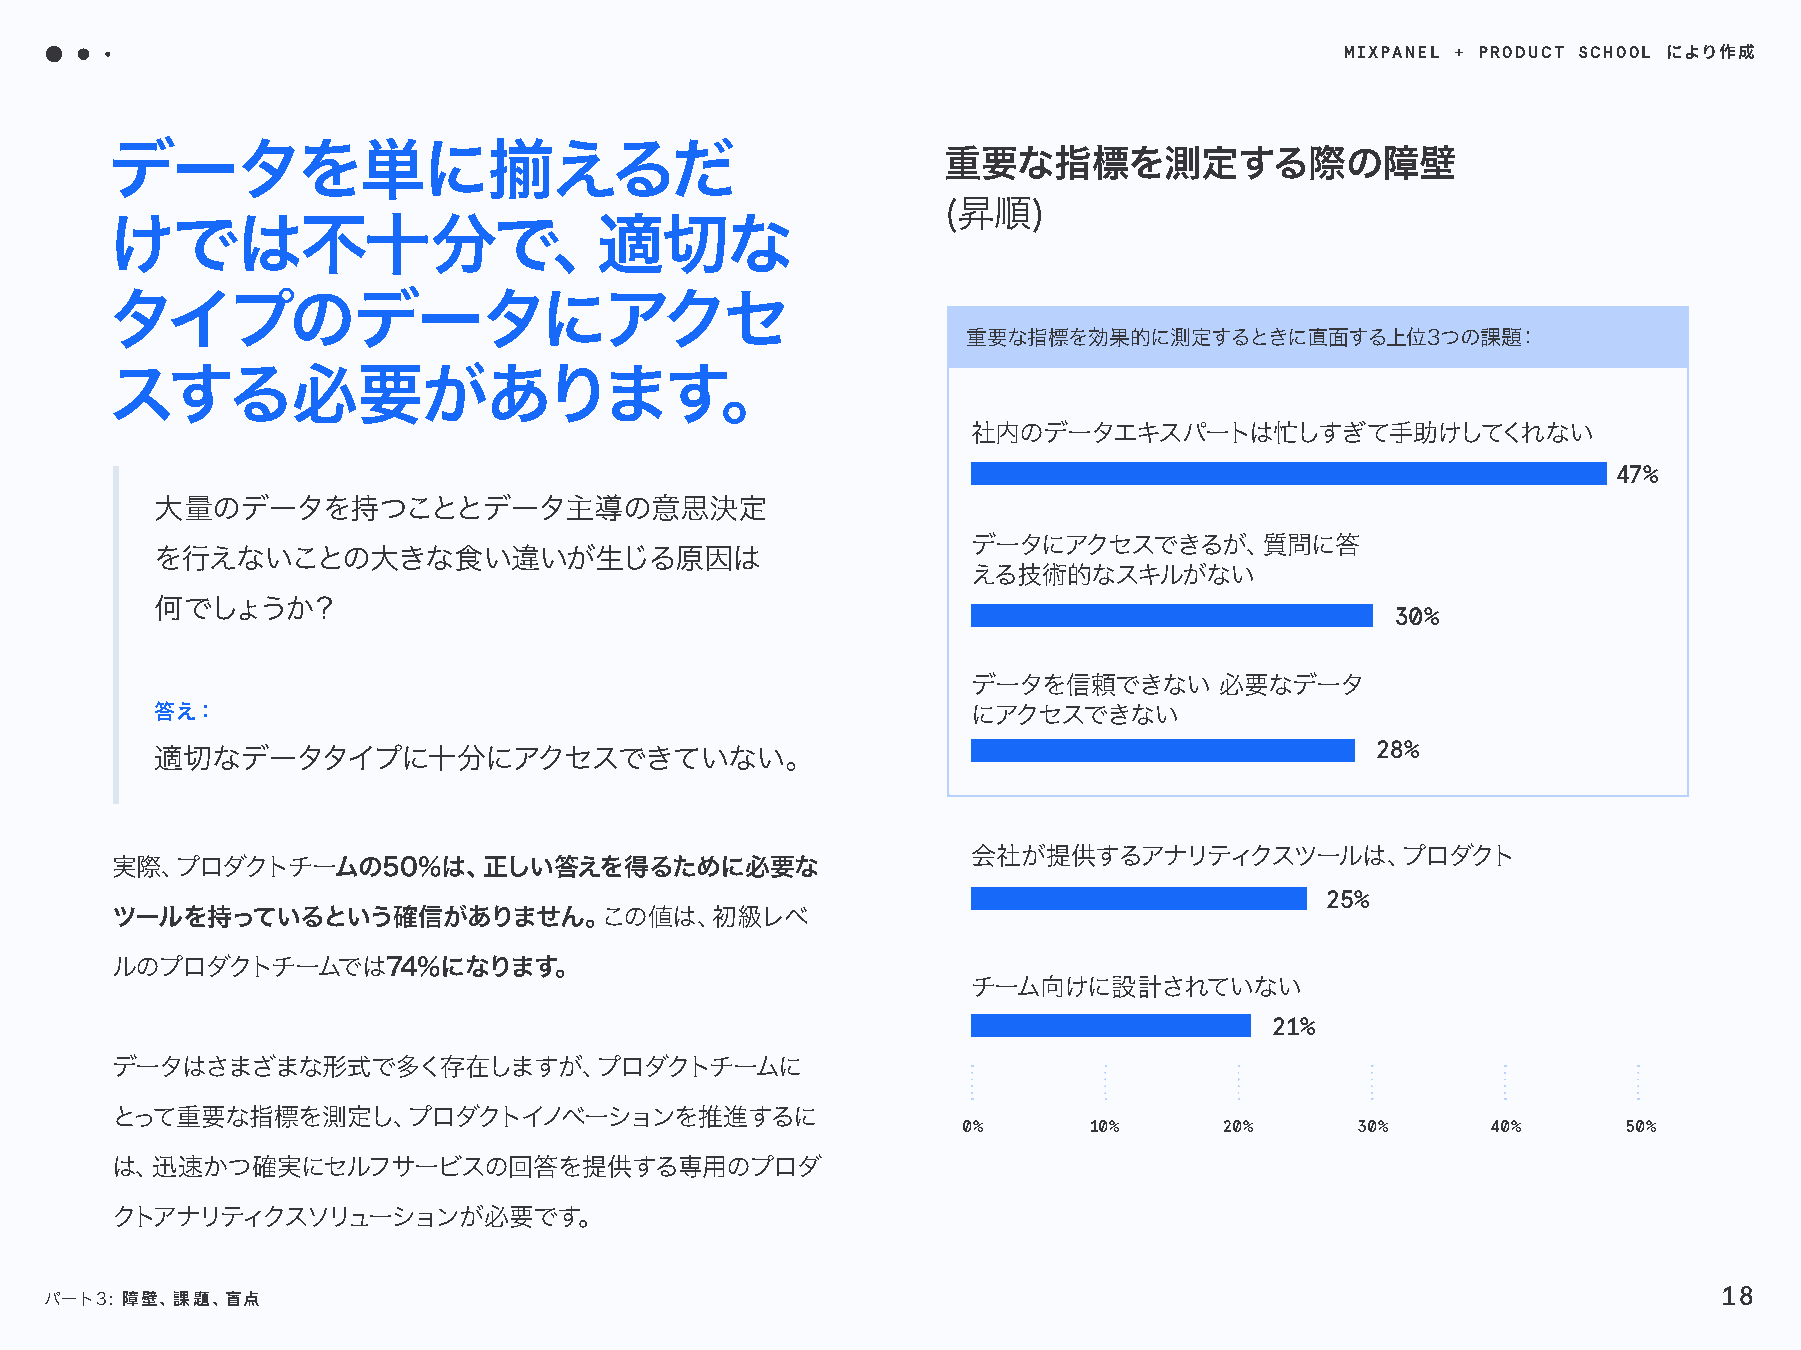
MIXPANEL + PRODUCT SCHOOL
 により作成
 データを単に揃えるだ                                             重要な指標を測定する際の障壁
 (昇順)
 けでは不十分で、適切な
 タイプのデータにアクセ
 重要な指標を効果的に測定するときに直面する上位3つの課題：
 スする必要があります。
 社内のデータエキスパートは忙しすぎて手助けしてくれない
 47%
 大量のデータを持つこととデータ主導の意思決定
 データにアクセスできるが、質問に答
 を行えないことの大きな食い違いが生じる原因は
 える技術的なスキルがない
 何でしょうか？
 30%
 データを信頼できない       必要なデータ
 答え：                                                   にアクセスできない
 28%
 適切なデータタイプに十分にアクセスできていない。
 会社が提供するアナリティクスツールは、プロダクト
 実際、プロダクトチームの50%は、正しい答えを得るために必要な
 25%
 ツールを持っているという確信がありません。この値は、初級レベ
 ルのプロダクトチームでは74%になります。
 チーム向けに設計されていない
 21%
 データはさまざまな形式で多く存在しますが、プロダクトチームに
 とって重要な指標を測定し、プロダクトイノベーションを推進するに
 0%      10%      20%      30%      40%      50%
 は、迅速かつ確実にセルフサービスの回答を提供する専用のプロダ
 クトアナリティクスソリューションが必要です。
 18
 パート3: 障壁、課題、盲点